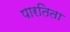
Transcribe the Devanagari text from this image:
पारतिता